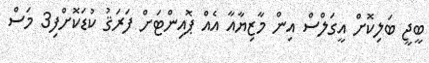
ބީޖީ ބަލިކޮށް އީގަލްސް އިން މާޒިޔާއާ އެއް ޕޮއިންޓަށް ފަރަޤު ކުޑަކޮށްފި3 މަސް